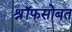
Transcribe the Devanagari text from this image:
श्रॉफसोबत